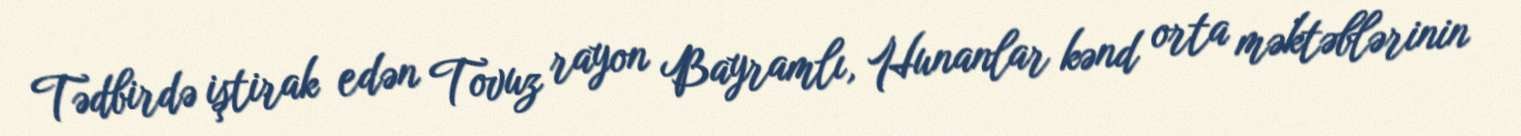
Tədbirdə iştirak edən Tovuz rayon Bayramlı, Hunanlar kənd orta məktəblərinin